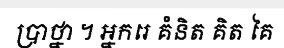
ប្រាថ្នា ។ អ្នករេ គំនិត គិត គៃ